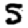
Digit: 5